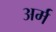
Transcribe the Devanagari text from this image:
अर्म